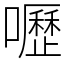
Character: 嚦